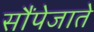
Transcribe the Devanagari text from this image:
सौंपेजाते